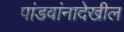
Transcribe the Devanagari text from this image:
पांडवांनादेखील